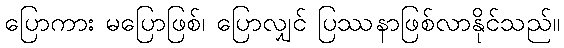
ပြောကား မပြောဖြစ်၊ ပြောလျှင် ပြဿနာဖြစ်လာနိုင်သည်။